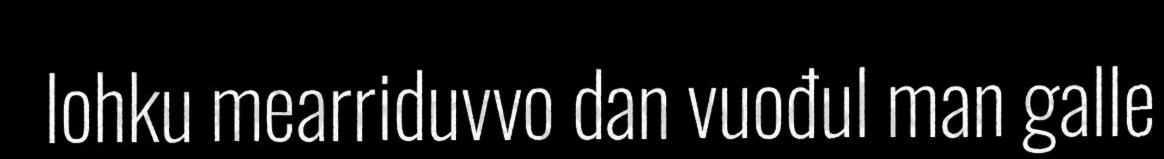
lohku mearriduvvo dan vuođul man galle